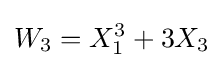
W_{3}=X_{1}^{3}+3X_{3}